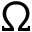
\Omega